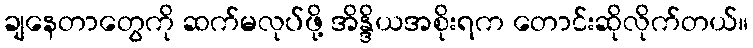
ချနေတာတွေကို ဆက်မလုပ်ဖို့ အိန္ဒိယအစိုးရက တောင်းဆိုလိုက်တယ်။